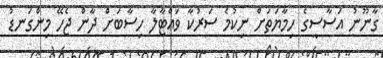
ގާނޫނު އަސާސީގެ ހިމާޔަތަށް ނިކުމެ ސަރުކާ ވައްޓާލާ ހިސާބަށް ދާން ޖެހޭ މިންގަނޑު